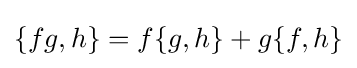
\{fg,h\}=f\{g,h\}+g\{f,h\}